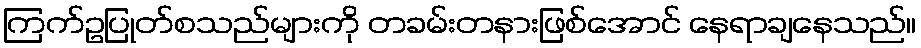
ကြက်ဥပြုတ်စသည်များကို တခမ်းတနားဖြစ်အောင် နေရာချနေသည်။